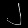
Digit: ၂